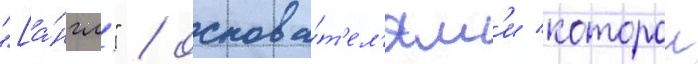
"[а́нгл." / основа́т'ел'ям'и которои